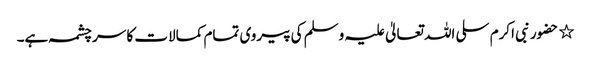
٭ حضور نبی اکرم سلی اللہ تعالیٰ علیہ وسلم کی پیروی تمام کمالات کا سر چشمہ ہے۔